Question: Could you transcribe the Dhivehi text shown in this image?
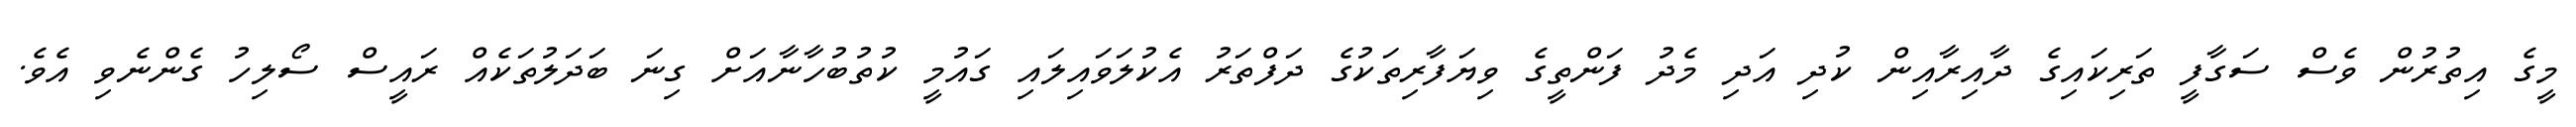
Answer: މީގެ އިތުރުން ވެސް ސަގާފީ ތަރިކައިގެ ދާއިރާއިން ކުދި އަދި މެދު ފަންތީގެ ވިޔަފާރިތަކުގެ ދަފްތަރު އެކުލަވައިލައި ގައުމީ ކުތުބުހާނާއަށް ގިނަ ބަދަލުތަކެއް ރައީސް ސޯލިހު ގެންނެވި އެވެ.